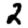
Digit: 2